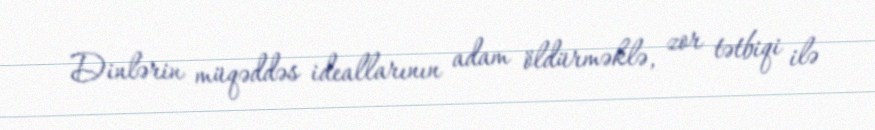
Dinlərin müqəddəs ideallarının adam öldürməklə, zor tətbiqi ilə